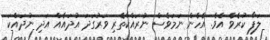
ލަފާ ކުރެވެ އެވެ. އެހެން ނަަމަވެސް ނުރައްކާތެރި ވަރުގަދަ އުދައެއް އަދި ނުދައްކަ